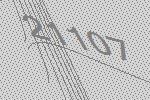
21107